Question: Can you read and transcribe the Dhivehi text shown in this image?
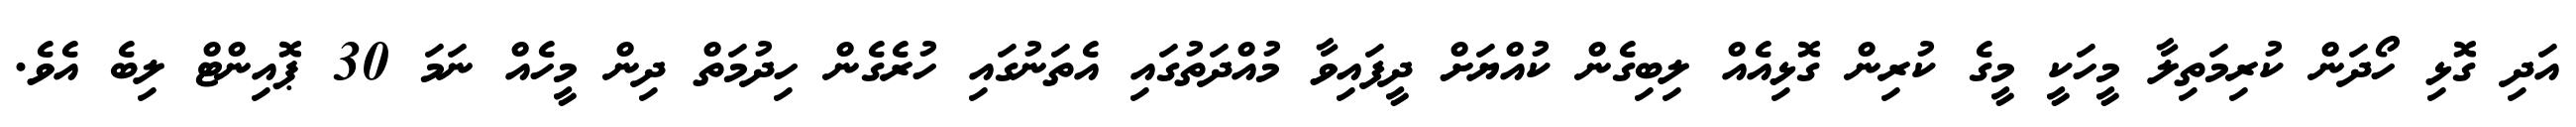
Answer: އަދި ގޮޅި ހޯދަން ކުރިމަތިލާ މީހަކީ މީގެ ކުރިން ގޮޅިއެއް ލިބިގެން ކުއްޔަށް ދީފައިވާ މުއްދަތުގައި އެތަނުގައި ހުރެގެން ހިދުމަތް ދިން މީހެއް ނަމަ 30 ޕޮއިންޓް ލިބެ އެވެ.